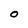
Character: O